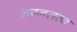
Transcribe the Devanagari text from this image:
नग्नतत्व